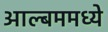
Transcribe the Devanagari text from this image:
आल्बममध्ये